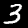
Digit: 3